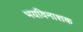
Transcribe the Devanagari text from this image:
भयविनाशक